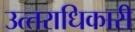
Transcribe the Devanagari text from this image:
उत्‍तराधिकारी